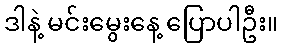
ဒါနဲ့ မင်းမွေးနေ့ ပြောပါဦး။